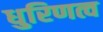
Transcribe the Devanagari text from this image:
धुरिणत्व